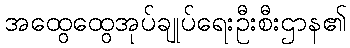
အထွေထွေအုပ်ချုပ်ရေးဦးစီးဌာန၏